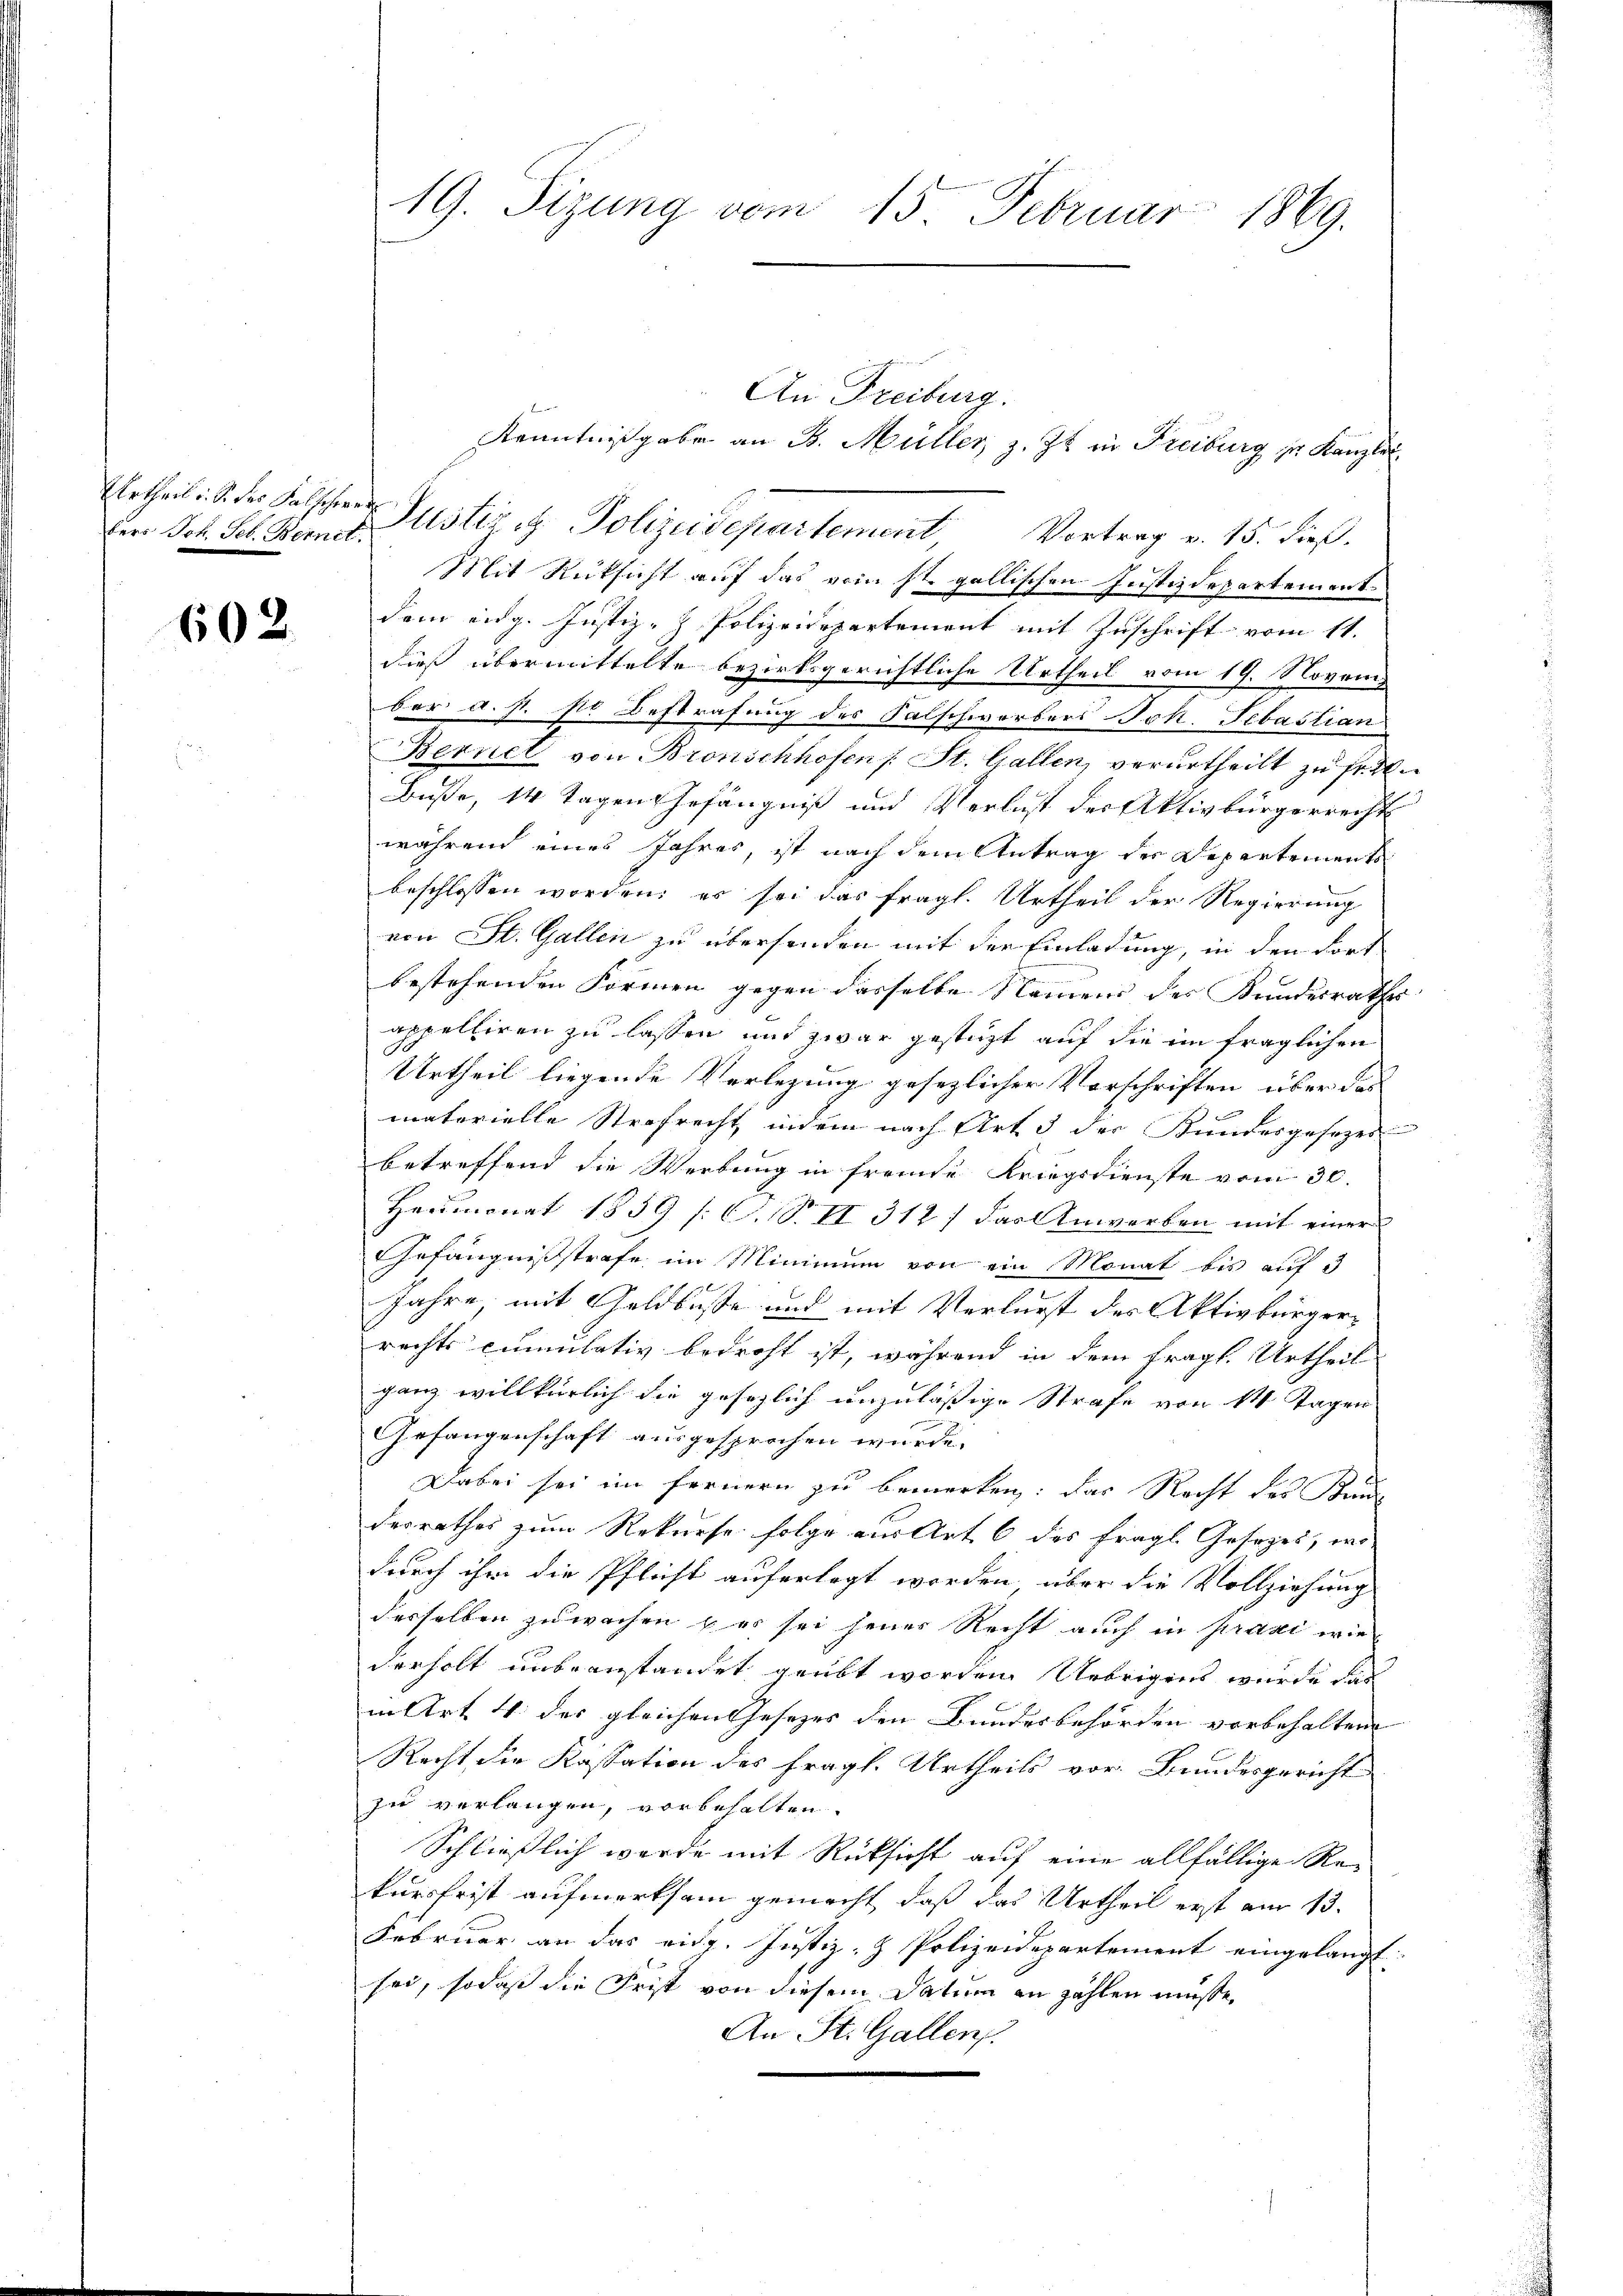
bers Joh. Feb. Bennet

602

An Freiburg.

Kenntnißgabe an B. Müller z. Zt. in Freiburg zu Kanzlei
Urtheil. S. der Falsche Justiz u. Polizeidepartement Vortrag v. 15. dieβ.
Mit Rücksicht auf das vom st. gallischen Justizdepartement
dem eidg. Justiz-Z. Polizeidepartement mit Zuschrift vom 11.
dies übermittelte bezirksgerichtliche Urtheil vom 19. Novem
ber a. s. sie Bestrafung des Salschworbers Joh. Sebastian
Bernel von Bronschhofen /: St. Gallen, verurtheilt zu fr
Buße, 14 Tagen Gefängniß und Verlust der Aktivbürgerrecht
während eines Jahres, ist nach dem Antrag des Departements
beschlossen worden; es sei das fragl. Urtheil der Regierung
von St. Gallen zu übersenden mit der Einladung, in den Fort
bestehenden Formen gegen dasselbe Namens der Kundesraths
appelliren zu lassen und zwar gestützt auf die im fraglichen
Urtheil liegende Verlegung gesezlicher Vorschriften über das
materielle Strafrecht indem nach Art 3 der Bundesgesezes
betreffend die Werbung in fremde Kriegsdienste vom 30.
Heumonat 1859 /: C. S. II 312) das Anwerben mit einer
Gefängnißstrafe im Minimum von ein Monat bis auf 3
Jahre mit Geldbusse und mit Verlurst des Aktivbürgerrechts cumulativ bedroht ist, während in dem fragt. Urtheil
ganz willkürlich die gesezlich unzuläßige Strafe von 14 Tagen
Gefangenschaft ausgesprochen wurde. |
Dabei sei im fernern zu bemerken: das Recht des Kan
derrathes zum Rekurse folge aus Art. 6 des fragl. Gesezes, wo
durch ihr die Pflicht auferlegt worden, aber die Vollziehung
desselben zuwachen u es sei jenes Recht auch in praxi wir
derholt unbeanstandet geübt worden Uebrigens wurde das
in Art. 4. des gleichen Gesetzes den Bundesbehörden vorbehalten |
Recht, die Kassation des fragl. Urtheils vor. Bundesgericht
zu verlangen, vorbehalten.
Schließlich werde mit Rücksicht auf eine allfällige Rekursfrist aufmerksam gemacht, daß das Urtheil erst am 13.
Februar an das eidg. Justiz- & Polizeidepartement eingelangt |
sei, sodaß die Frist von diesem Datum an zahlen müsse,
An St. Gallen.

19. Sizung vom 15. Februar 1869.